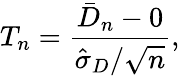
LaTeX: T_{n}={\frac{{\bar{D}}_{n}-0}{{\hat{\sigma}}_{D}/{\sqrt{n}}}},